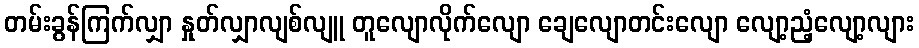
တမ်းခွန်ကြက်လျှာ နှုတ်လျှာလျစ်လျူ တူလျောလိုက်လျော ချေလျောတင်းလျော လျော့ညံ့လျော့လျား